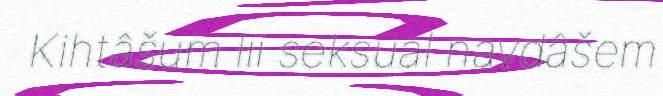
Kihtâšum lii seksual navdâšem